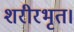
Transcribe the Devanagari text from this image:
शरीरभृत।